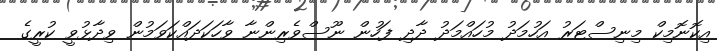
އިކޮނޮމިކް މިނިސްޓަރު އަހުމަދު މުހައްމަދު ދާދި ފަހުން ނޫސްވެރިންނާ ވާހަކަދައްކަވަމުން ވިދާޅުވީ ކުރީގެ